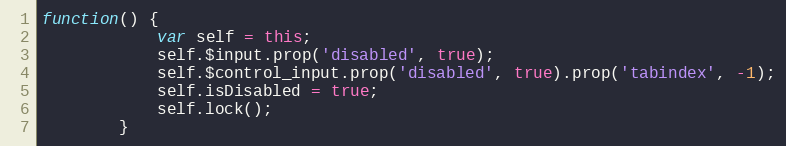
Language: JavaScript
function() {
			var self = this;
			self.$input.prop('disabled', true);
			self.$control_input.prop('disabled', true).prop('tabindex', -1);
			self.isDisabled = true;
			self.lock();
		}